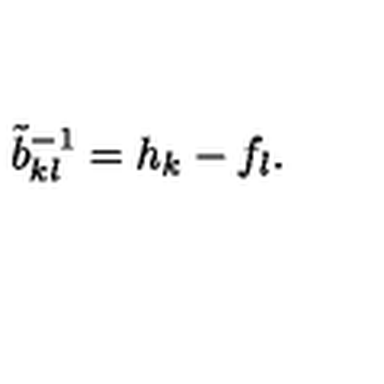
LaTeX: \tilde { b } _ { k l } ^ { - 1 } = h _ { k } - f _ { l } .